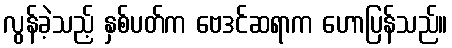
လွန်ခဲ့သည့် နှစ်ပတ်က ဗေဒင်ဆရာက ဟောပြန်သည်။